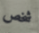
شخص